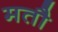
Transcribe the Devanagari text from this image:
मतौ